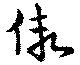
假